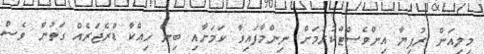
މިލިއަން ރުފިޔާ އިންވެސްޓްކުރުމަށް ނިންމާފައިވާ ކަމަށާއި ބިން ހިއްކާ ޑްރެޖަރެއް ގަތުން ވެސް